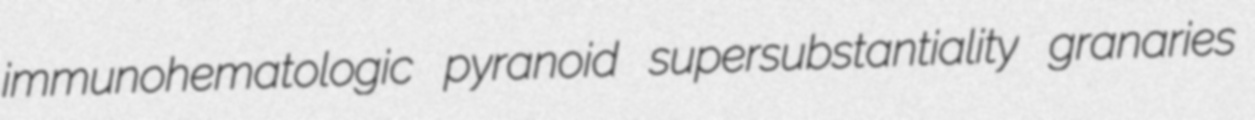
immunohematologic pyranoid supersubstantiality granaries